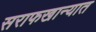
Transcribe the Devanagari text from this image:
सराफखान्यात